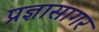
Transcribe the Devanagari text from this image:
प्रज्ञासागर